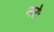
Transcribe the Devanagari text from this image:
नरेः